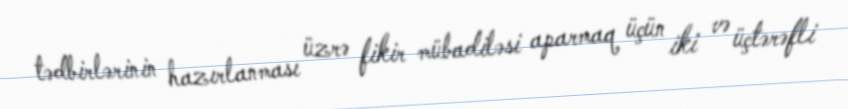
tədbirlərinin hazırlanması üzrə fikir mübadiləsi aparmaq üçün iki və üçtərəfli